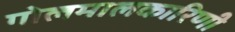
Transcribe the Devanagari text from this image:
गोलमालकारिणी